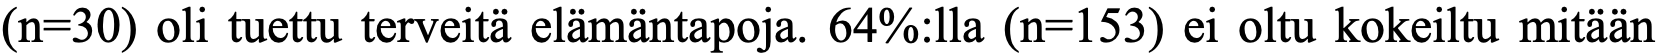
(n=30) oli tuettu terveitä elämäntapoja. 64%:lla (n=153) ei oltu kokeiltu mitään